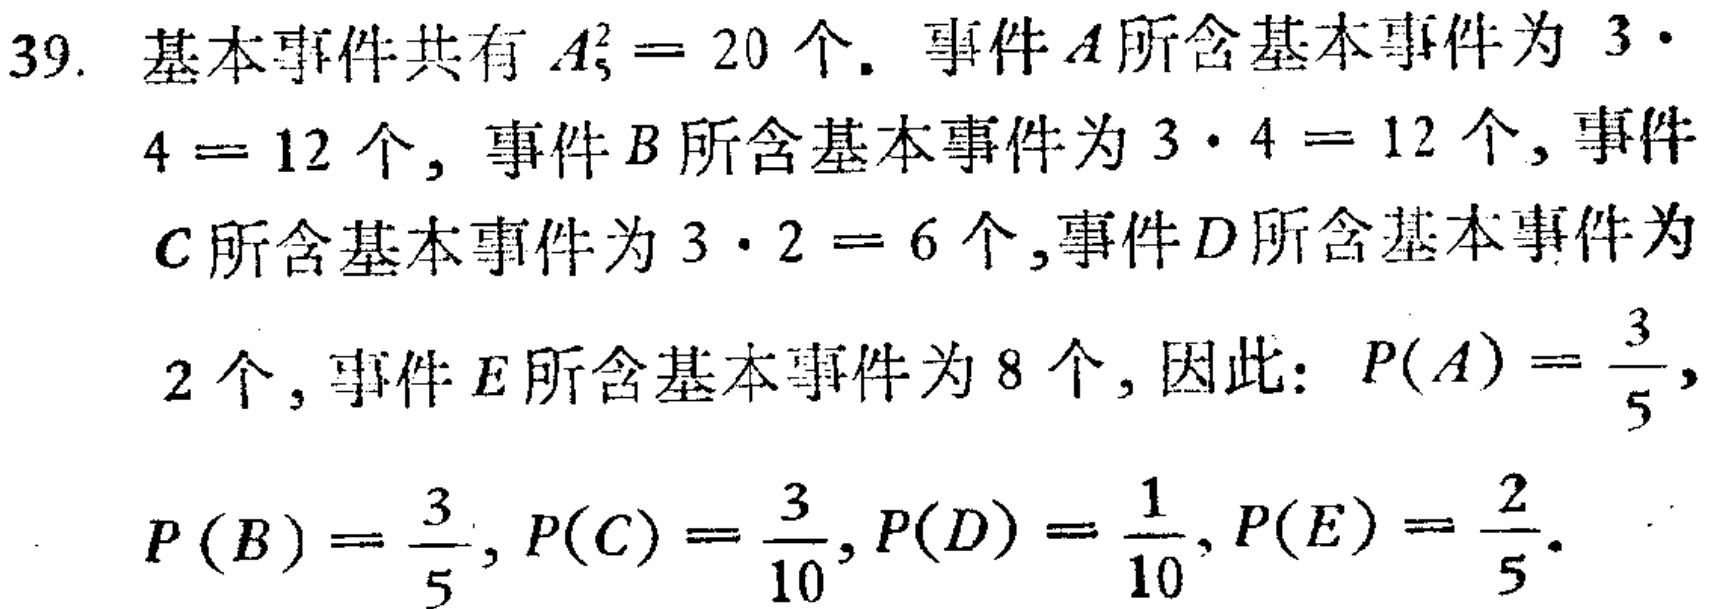
39. 基本事件共有 \(A_{5}^2 = 20\) 个. 事件 \(A\) 所含基本事件为 \(3\cdot4 = 12\) 个, 事件 \(B\) 所含基本事件为 \(3\cdot4 = 12\) 个, 事件 \(C\) 所含基本事件为 \(3\cdot2 = 6\) 个,事件 \(D\) 所含基本事件为 \(2\) 个, 事件 \(E\) 所含基本事件为 \(8\) 个, 因此: \(P(A)=\frac{3}{5},\) \(P(B)=\frac{3}{5}, P(C)=\frac{3}{10}, P(D)=\frac{1}{10}, P(E)=\frac{2}{5}.\)